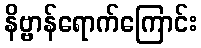
နိဗ္ဗာန်ရောက်ကြောင်း